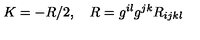
K = - R / 2 , \quad R = g ^ { i l } g ^ { j k } R _ { i j k l }